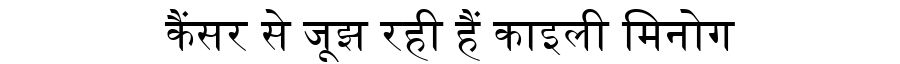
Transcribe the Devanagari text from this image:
कैंसर से जूझ रही हैं काइली मिनोग